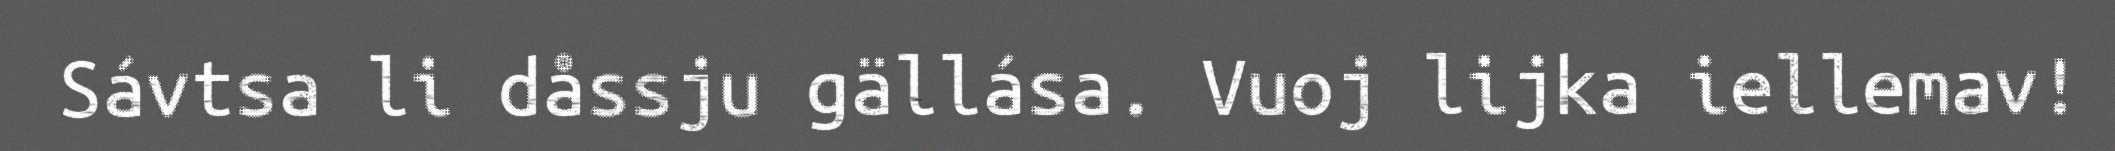
Sávtsa li dåssju gällása. Vuoj lijka iellemav!